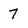
Character: 7